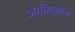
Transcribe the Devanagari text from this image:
आफ्रिकाच